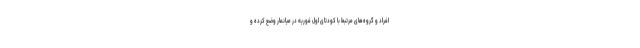
افراد و گروه‌های مرتبط با کودتای اول فوریه در میانمار وضع کرده و